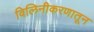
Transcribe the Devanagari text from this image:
विलिनीकरणातून